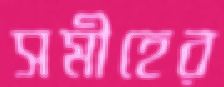
সমীহের